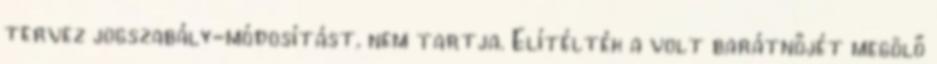
tervez jogszabály-módosítást, nem tartja. Elítélték a volt barátnőjét megölő